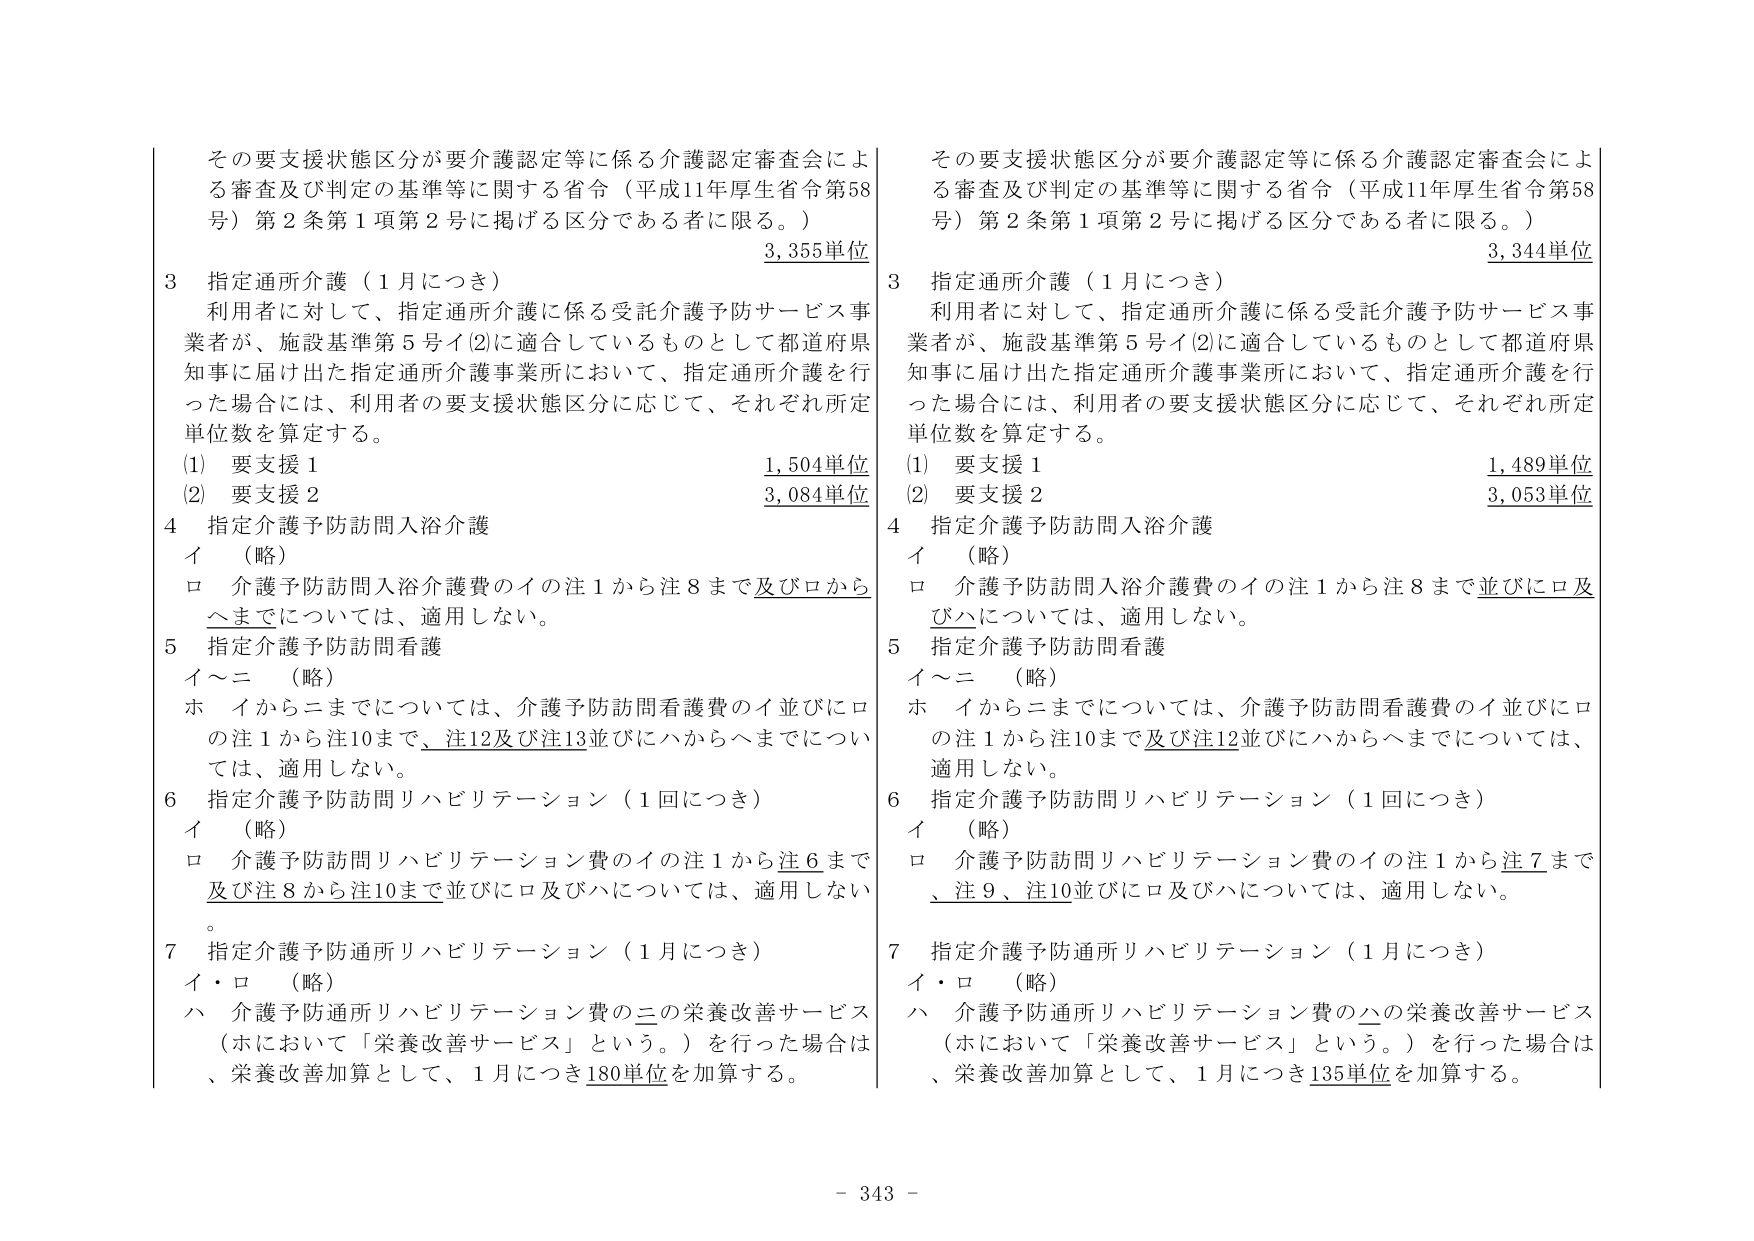
その要支援状態区分が要介護認定等に係る介護認定審査会による審査及び判定の基準等に関する省令（平成11年厚生省令第58号）第2条第1項第2号に掲げる区分である者に限る。）
3,355単位
3 指定通所介護（1月につき）
利用者に対して、指定通所介護に係る受託介護予防サービス事業者が、施設基準第5号イ⑵に適合しているものとして都道府県知事に届け出た指定通所介護事業所において、指定通所介護を行った場合には、利用者の要支援状態区分に応じて、それぞれ所定単位数を算定する。
(1) 要支援1 1,504単位
(2) 要支援2 3,084単位
4 指定介護予防訪問入浴介護
イ （略）
ロ 介護予防訪問入浴介護費のイの注1から注8まで及びロからヘまでについては、適用しない。
5 指定介護予防訪問看護
イ～ニ （略）
ホ イからニまでについては、介護予防訪問看護費のイ並びにロの注1から注10まで、注12及び注13並びにハからヘまでについては、適用しない。
6 指定介護予防訪問リハビリテーション（1回につき）
イ （略）
ロ 介護予防訪問リハビリテーション費のイの注1から注6まで及び注8から注10まで並びにロ及びハについては、適用しない。
7 指定介護予防通所リハビリテーション（1月につき）
イ・ロ （略）
ハ 介護予防通所リハビリテーション費のニの栄養改善サービス（ホにおいて「栄養改善サービス」という。）を行った場合は、栄養改善加算として、1月につき180単位を加算する。

その要支援状態区分が要介護認定等に係る介護認定審査会による審査及び判定の基準等に関する省令（平成11年厚生省令第58号）第2条第1項第2号に掲げる区分である者に限る。）
3,344単位
3 指定通所介護（1月につき）
利用者に対して、指定通所介護に係る受託介護予防サービス事業者が、施設基準第5号イ⑵に適合しているものとして都道府県知事に届け出た指定通所介護事業所において、指定通所介護を行った場合には、利用者の要支援状態区分に応じて、それぞれ所定単位数を算定する。
(1) 要支援1 1,489単位
(2) 要支援2 3,053単位
4 指定介護予防訪問入浴介護
イ （略）
ロ 介護予防訪問入浴介護費のイの注1から注8まで並びにロ及びハについては、適用しない。
5 指定介護予防訪問看護
イ～ニ （略）
ホ イからニまでについては、介護予防訪問看護費のイ並びにロの注1から注10まで及び注12並びにハからヘまでについては、適用しない。
6 指定介護予防訪問リハビリテーション（1回につき）
イ （略）
ロ 介護予防訪問リハビリテーション費のイの注1から注7まで、注9、注10並びにロ及びハについては、適用しない。
7 指定介護予防通所リハビリテーション（1月につき）
イ・ロ （略）
ハ 介護予防通所リハビリテーション費のハの栄養改善サービス（ホにおいて「栄養改善サービス」という。）を行った場合は、栄養改善加算として、1月につき135単位を加算する。

- 343 -